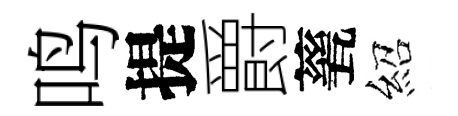
鸣提爵甆紹